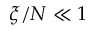
\xi / N \ll 1